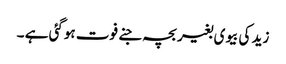
زید کی بیوی بغیر بچہ جنے فوت ہوگئی ہے ۔